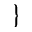
\}